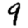
Digit: 9